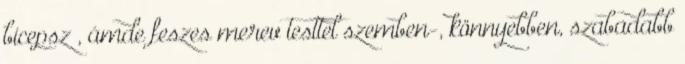
bicepsz , ámde feszes merev testtel szemben-, könnyebben, szabadabb